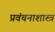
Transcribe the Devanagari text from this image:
प्रवंचनाशास्त्र